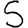
Digit: 5